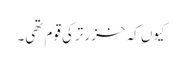
کیوں کہ خزر ترکی قوم تھی۔